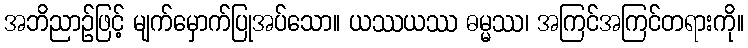
အဘိညာဉ်ဖြင့် မျက်မှောက်ပြုအပ်သော။ ယဿယဿ ဓမ္မဿ၊ အကြင်အကြင်တရားကို။